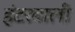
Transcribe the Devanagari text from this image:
हंटरवाली